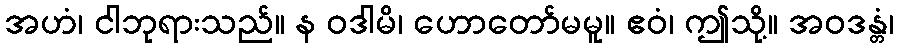
အဟံ၊ ငါဘုရားသည်။ န ဝဒါမိ၊ ဟောတော်မမူ။ ဧဝံ၊ ဤသို့။ အဝဒန္တံ၊